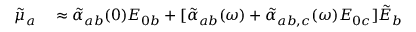
\begin{array} { r l } { \tilde { \mu } _ { a } } & { { } \approx \tilde { \alpha } _ { a b } ( 0 ) E _ { 0 b } + [ \tilde { \alpha } _ { a b } ( \omega ) + \tilde { \alpha } _ { a b , c } ( \omega ) E _ { 0 c } ] \tilde { E } _ { b } } \end{array}